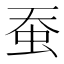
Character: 蚕